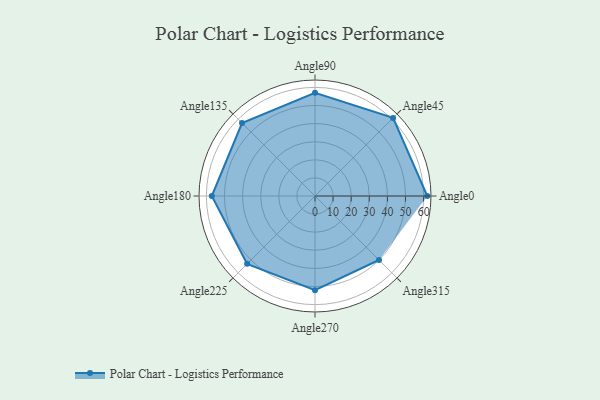
{"axis": {"x": "Angle", "y": "Radius"}, "legend": [""], "data": [{"x": "Angle0", "y": 62.0, "type": ""}, {"x": "Angle45", "y": 61.0, "type": ""}, {"x": "Angle90", "y": 57.0, "type": ""}, {"x": "Angle135", "y": 57.0, "type": ""}, {"x": "Angle180", "y": 57.0, "type": ""}, {"x": "Angle225", "y": 53.0, "type": ""}, {"x": "Angle270", "y": 52.0, "type": ""}, {"x": "Angle315", "y": 50, "type": ""}]}